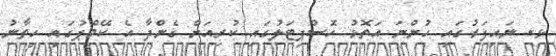
ޅ. ނައިފަރުގައި ހުންނަ އަތޮޅު ހޮސްޕިޓަލުގައި ކުރިއަށް ގެންދާ އެ ކޭމްޕުގައި ހިތާނު